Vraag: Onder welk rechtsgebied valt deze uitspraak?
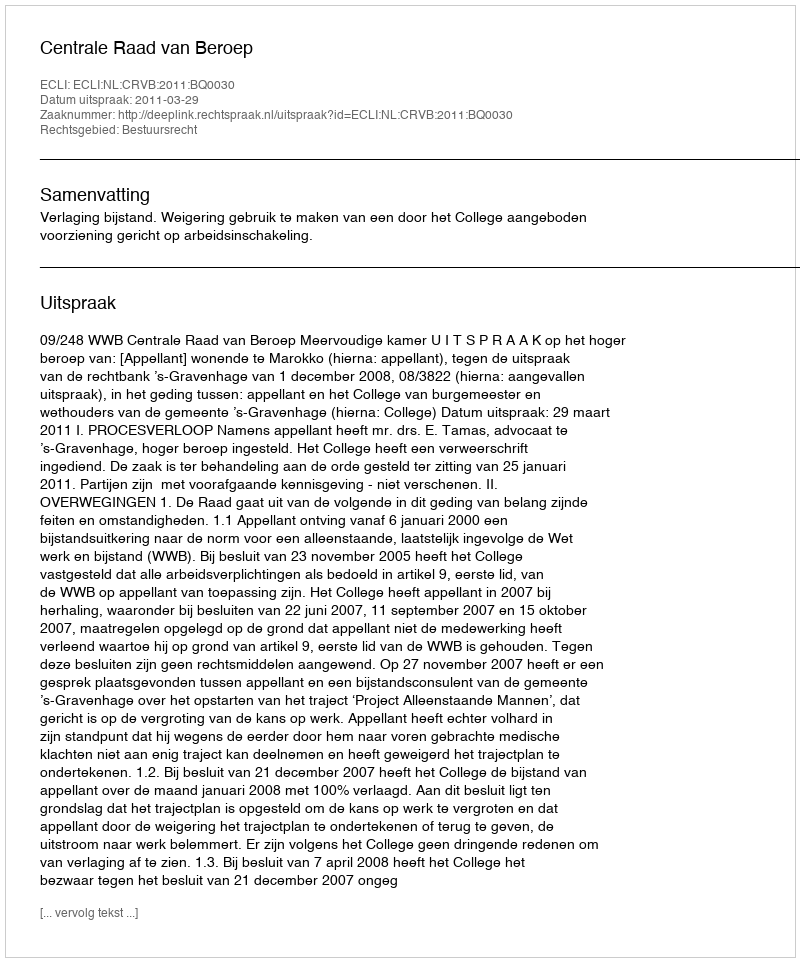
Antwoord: Bestuursrecht